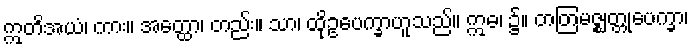
ဣတိအယံ၊ ကား။ အတ္ထော၊ တည်း။ သာ၊ ထိုဥပေက္ခာဟူသည်။ ဣဓ၊ ၌။ တတြမဇ္ဈတ္တုပေက္ခာ၊